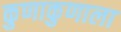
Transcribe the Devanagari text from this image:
कुणाकुणाला